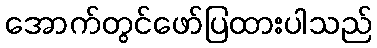
အောက်တွင်ဖော်ပြထားပါသည်